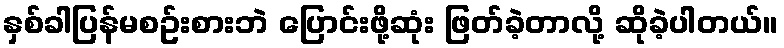
နှစ်ခါပြန်မစဥ်းစားဘဲ ပြောင်းဖို့ဆုံး ဖြတ်ခဲ့တာလို့ ဆိုခဲ့ပါတယ်။